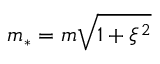
m _ { \ast } = m \sqrt { 1 + \xi ^ { 2 } }